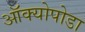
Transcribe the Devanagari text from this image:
ऑक्योपोडा